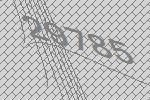
29785